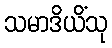
သမာဒိယိံသု